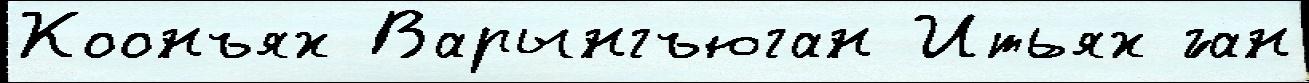
Коонъях Варынгъюган Итьях ́ган